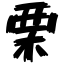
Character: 栗